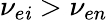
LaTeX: \nu_{e\mathit{i}}>\nu_{en}